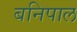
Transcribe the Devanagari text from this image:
बनिपाल